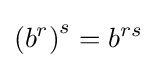
\left(b^{r}\right)^{s}=b^{rs}